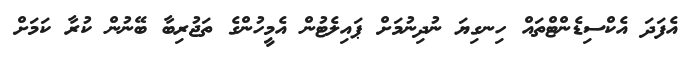
އެފަދަ އެކްސިޑެންޓްތައް ހިނގިޔަ ނުދިނުމަށް ޕައިލެޓުން އެމީހުންގެ ތަޖުރިބާ ބޭނުން ކުރާ ކަމަށް